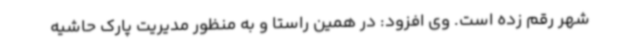
شهر رقم زده است. وی افزود: در همین راستا و به منظور مدیریت پارک حاشیه